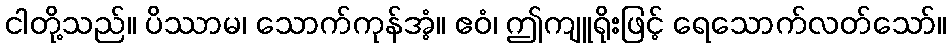
ငါတို့သည်။ ပိဿာမ၊ သောက်ကုန်အံ့။ ဧဝံ၊ ဤကျူရိုးဖြင့် ရေသောက်လတ်သော်။